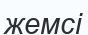
жемсі